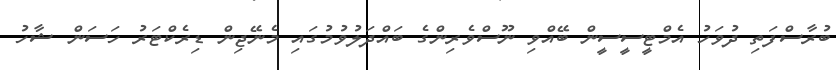
ބުރާސްފަތި ދުވަހު އެމްޓީސީސީން ބޭއްވި ނޫސްވެރިންގެ ބައްދަލުވުމުގައި މެނޭޖިން ޑިރެކްޓަރު ހަސަން ޝާހު